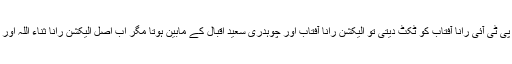
سیاسی حلقوں کے مطابق پی ٹی آئی رانا آفتاب کو ٹکٹ دیتی تو الیکشن رانا آفتاب اور چوہدری سعید اقبال کے مابین ہوتا مگر اب اصل الیکشن رانا ثناء اللہ اور چوہدری سعید اقبال ہو گا۔